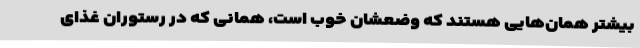
بیشتر همان‌هایی هستند که وضعشان خوب است، همانی که در رستوران غذای